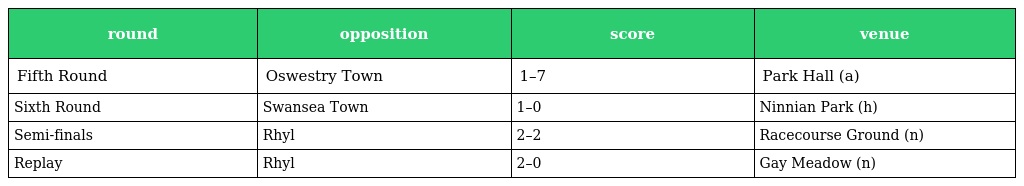
| round | opposition | score | venue |
 | --- | --- | --- | --- |
 | Fifth Round | Oswestry Town | 1–7 | Park Hall (a) |
 | Sixth Round | Swansea Town | 1–0 | Ninnian Park (h) |
 | Semi-finals | Rhyl | 2–2 | Racecourse Ground (n) |
 | Replay | Rhyl | 2–0 | Gay Meadow (n) |